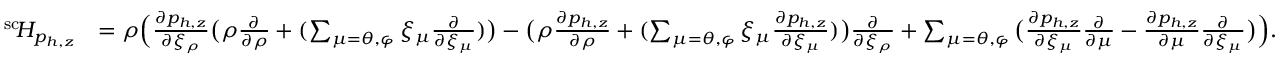
\begin{array} { r l } { ^ { \mathrm { s c } } \! H _ { p _ { h , z } } } & { = \rho \Big ( \frac { \partial p _ { h , z } } { \partial \xi _ { \rho } } \big ( \rho \frac { \partial } { \partial \rho } + ( \sum _ { \mu = \theta , \varphi } \xi _ { \mu } \frac { \partial } { \partial \xi _ { \mu } } ) \big ) - \big ( \rho \frac { \partial p _ { h , z } } { \partial \rho } + ( \sum _ { \mu = \theta , \varphi } \xi _ { \mu } \frac { \partial p _ { h , z } } { \partial \xi _ { \mu } } ) \big ) \frac { \partial } { \partial \xi _ { \rho } } + \sum _ { \mu = \theta , \varphi } \big ( \frac { \partial p _ { h , z } } { \partial \xi _ { \mu } } \frac { \partial } { \partial \mu } - \frac { \partial p _ { h , z } } { \partial \mu } \frac { \partial } { \partial \xi _ { \mu } } \big ) \Big ) . } \end{array}